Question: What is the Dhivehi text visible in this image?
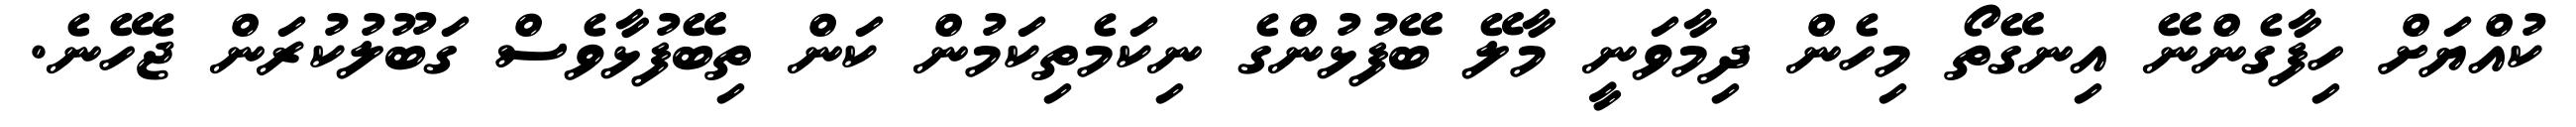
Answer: ކުއްޔަށް ހިފާގެންނޭ އިނގޭތޯ މިހެން ދިމާވަނީ މާލޭ ބޭފުޅުންގެ ނިކަމެތިކަމުން ކަން ތިބޭފުޅާވެސް ގަބޫލުކުރަން ޖެހޭނެ.